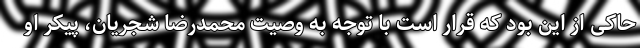
حاکی از این بود که قرار است با توجه به وصیت محمدرضا شجریان، پیکر او